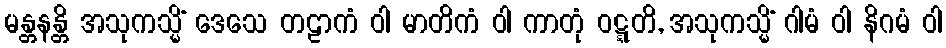
မန္တနန္တိ အသုကသ္မိံ ဒေသေ တဠာကံ ဝါ မာတိကံ ဝါ ကာတုံ ဝဋ္ဋတိ, အသုကသ္မိံ ဂါမံ ဝါ နိဂမံ ဝါ